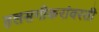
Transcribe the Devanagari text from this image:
हलसगीकरांवरती